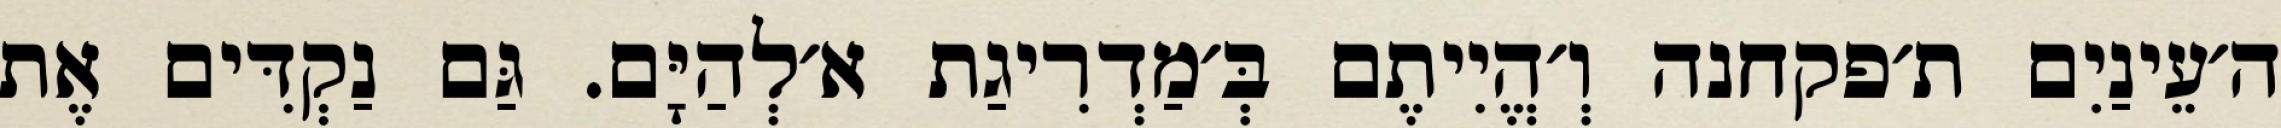
ה׳עֵינַיִם ת׳פקחנה וְ׳הֱיִיתֶם בְּ׳מַדְרִיגַת א׳לְהַיָּם. גַּם נַקְדִּים אֶת